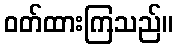
ဝတ်ထားကြသည်။